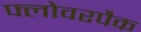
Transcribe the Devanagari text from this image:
फ्लोवरपैक